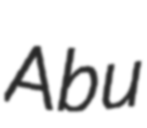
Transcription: Abu